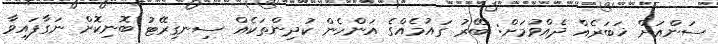
ސަންއަށް ޚަބަރެއް ދެއްވުމަށް: ބޭރު ގައުމެއްގެ އަންހެން ކުދިންތަކެއް ސިނގިރޭޓު ބޮނިކޮށް ނަގާފައިވާ